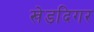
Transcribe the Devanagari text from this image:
खेडदिगर